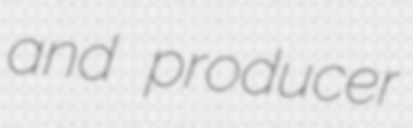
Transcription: and producer